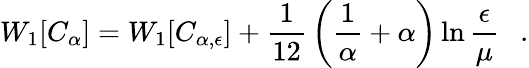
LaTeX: W_{1}[C_{\alpha}]=W_{1}[C_{\alpha,\epsilon}]+{\frac{1}{12}}\left({\frac{1}{\alpha}}+\alpha\right)\ln{\frac{\epsilon}{\mu}}~~~.